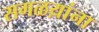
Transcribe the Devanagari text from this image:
सगळय़ांना